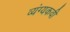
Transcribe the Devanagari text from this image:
व्यंग्यकवी